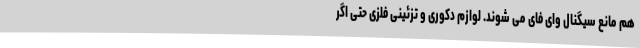
هم مانع سیگنال وای فای می شوند. لوازم دکوری و تزئینی فلزی حتی اگر